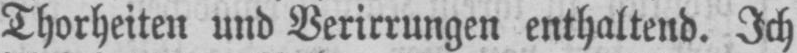
Thorheiten und Verirrungen enthaltend. Ich